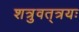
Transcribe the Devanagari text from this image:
शत्रुवत्‌त्रयः